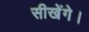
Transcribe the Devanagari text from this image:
सीखेंगे।